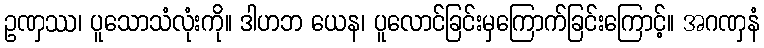
ဥဏှဿ၊ ပူသောသံလုံးကို။ ဒါဟဘ ယေန၊ ပူလောင်ခြင်းမှကြောက်ခြင်းကြောင့်။ အဂဏှနံ